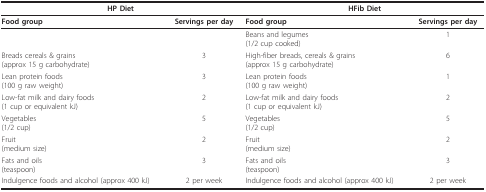
| <COLSPAN=2> HP Diet | <COLSPAN=2> HFib Diet |
 | --- | --- | --- | --- |
 | Food group | Servings per day | Food group | Servings per day |
 |  |  | Beans and legumes(1/2 cup cooked) | 1 |
 | Breads cereals & grains(approx 15 g carbohydrate) | 3 | High-fiber breads, cereals & grains(approx 15 g carbohydrate) | 6 |
 | Lean protein foods(100 g raw weight) | 3 | Lean protein foods(100 g raw weight) | 1 |
 | Low-fat milk and dairy foods(1 cup or equivalent kJ) | 2 | Low-fat milk and dairy foods(1 cup or equivalent kJ) | 2 |
 | Vegetables(1/2 cup) | 5 | Vegetables(1/2 cup) | 5 |
 | Fruit(medium size) | 2 | Fruit(medium size) | 2 |
 | Fats and oils(teaspoon) | 3 | Fats and oils(teaspoon) | 3 |
 | Indulgence foods and alcohol (approx 400 kJ) | 2 per week | Indulgence foods and alcohol (approx 400 kJ) | 2 per week |